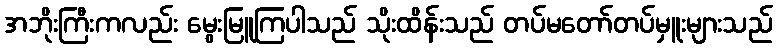
အဘိုးကြီးကလည်း မွေးမြူကြပါသည် သိုးထိန်းသည် တပ်မတော်တပ်မှူးများသည်